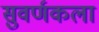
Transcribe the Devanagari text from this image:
सुवर्णकला